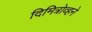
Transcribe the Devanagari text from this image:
दिमित्रोव्हने